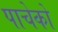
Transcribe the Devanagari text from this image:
पाचेको